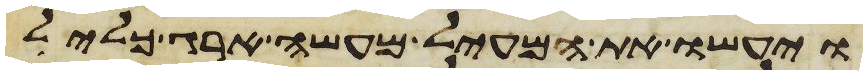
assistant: ויעשו את המעיל מעשה ארג כליל